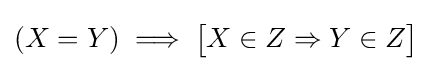
(X=Y)\implies {\bigl [}X\in Z\Rightarrow Y\in Z{\bigr ]}